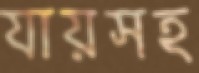
যায়সহ